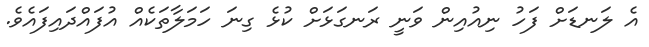
އެ ލަނޑަށް ފަހު ނިއުއިން ވަނީ ރަނގަޅަށް ކުޅެ ގިނަ ހަމަލާތަކެއް އުފައްދައިފައެވެ.